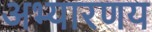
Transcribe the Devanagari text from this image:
अभ्‍यारणय